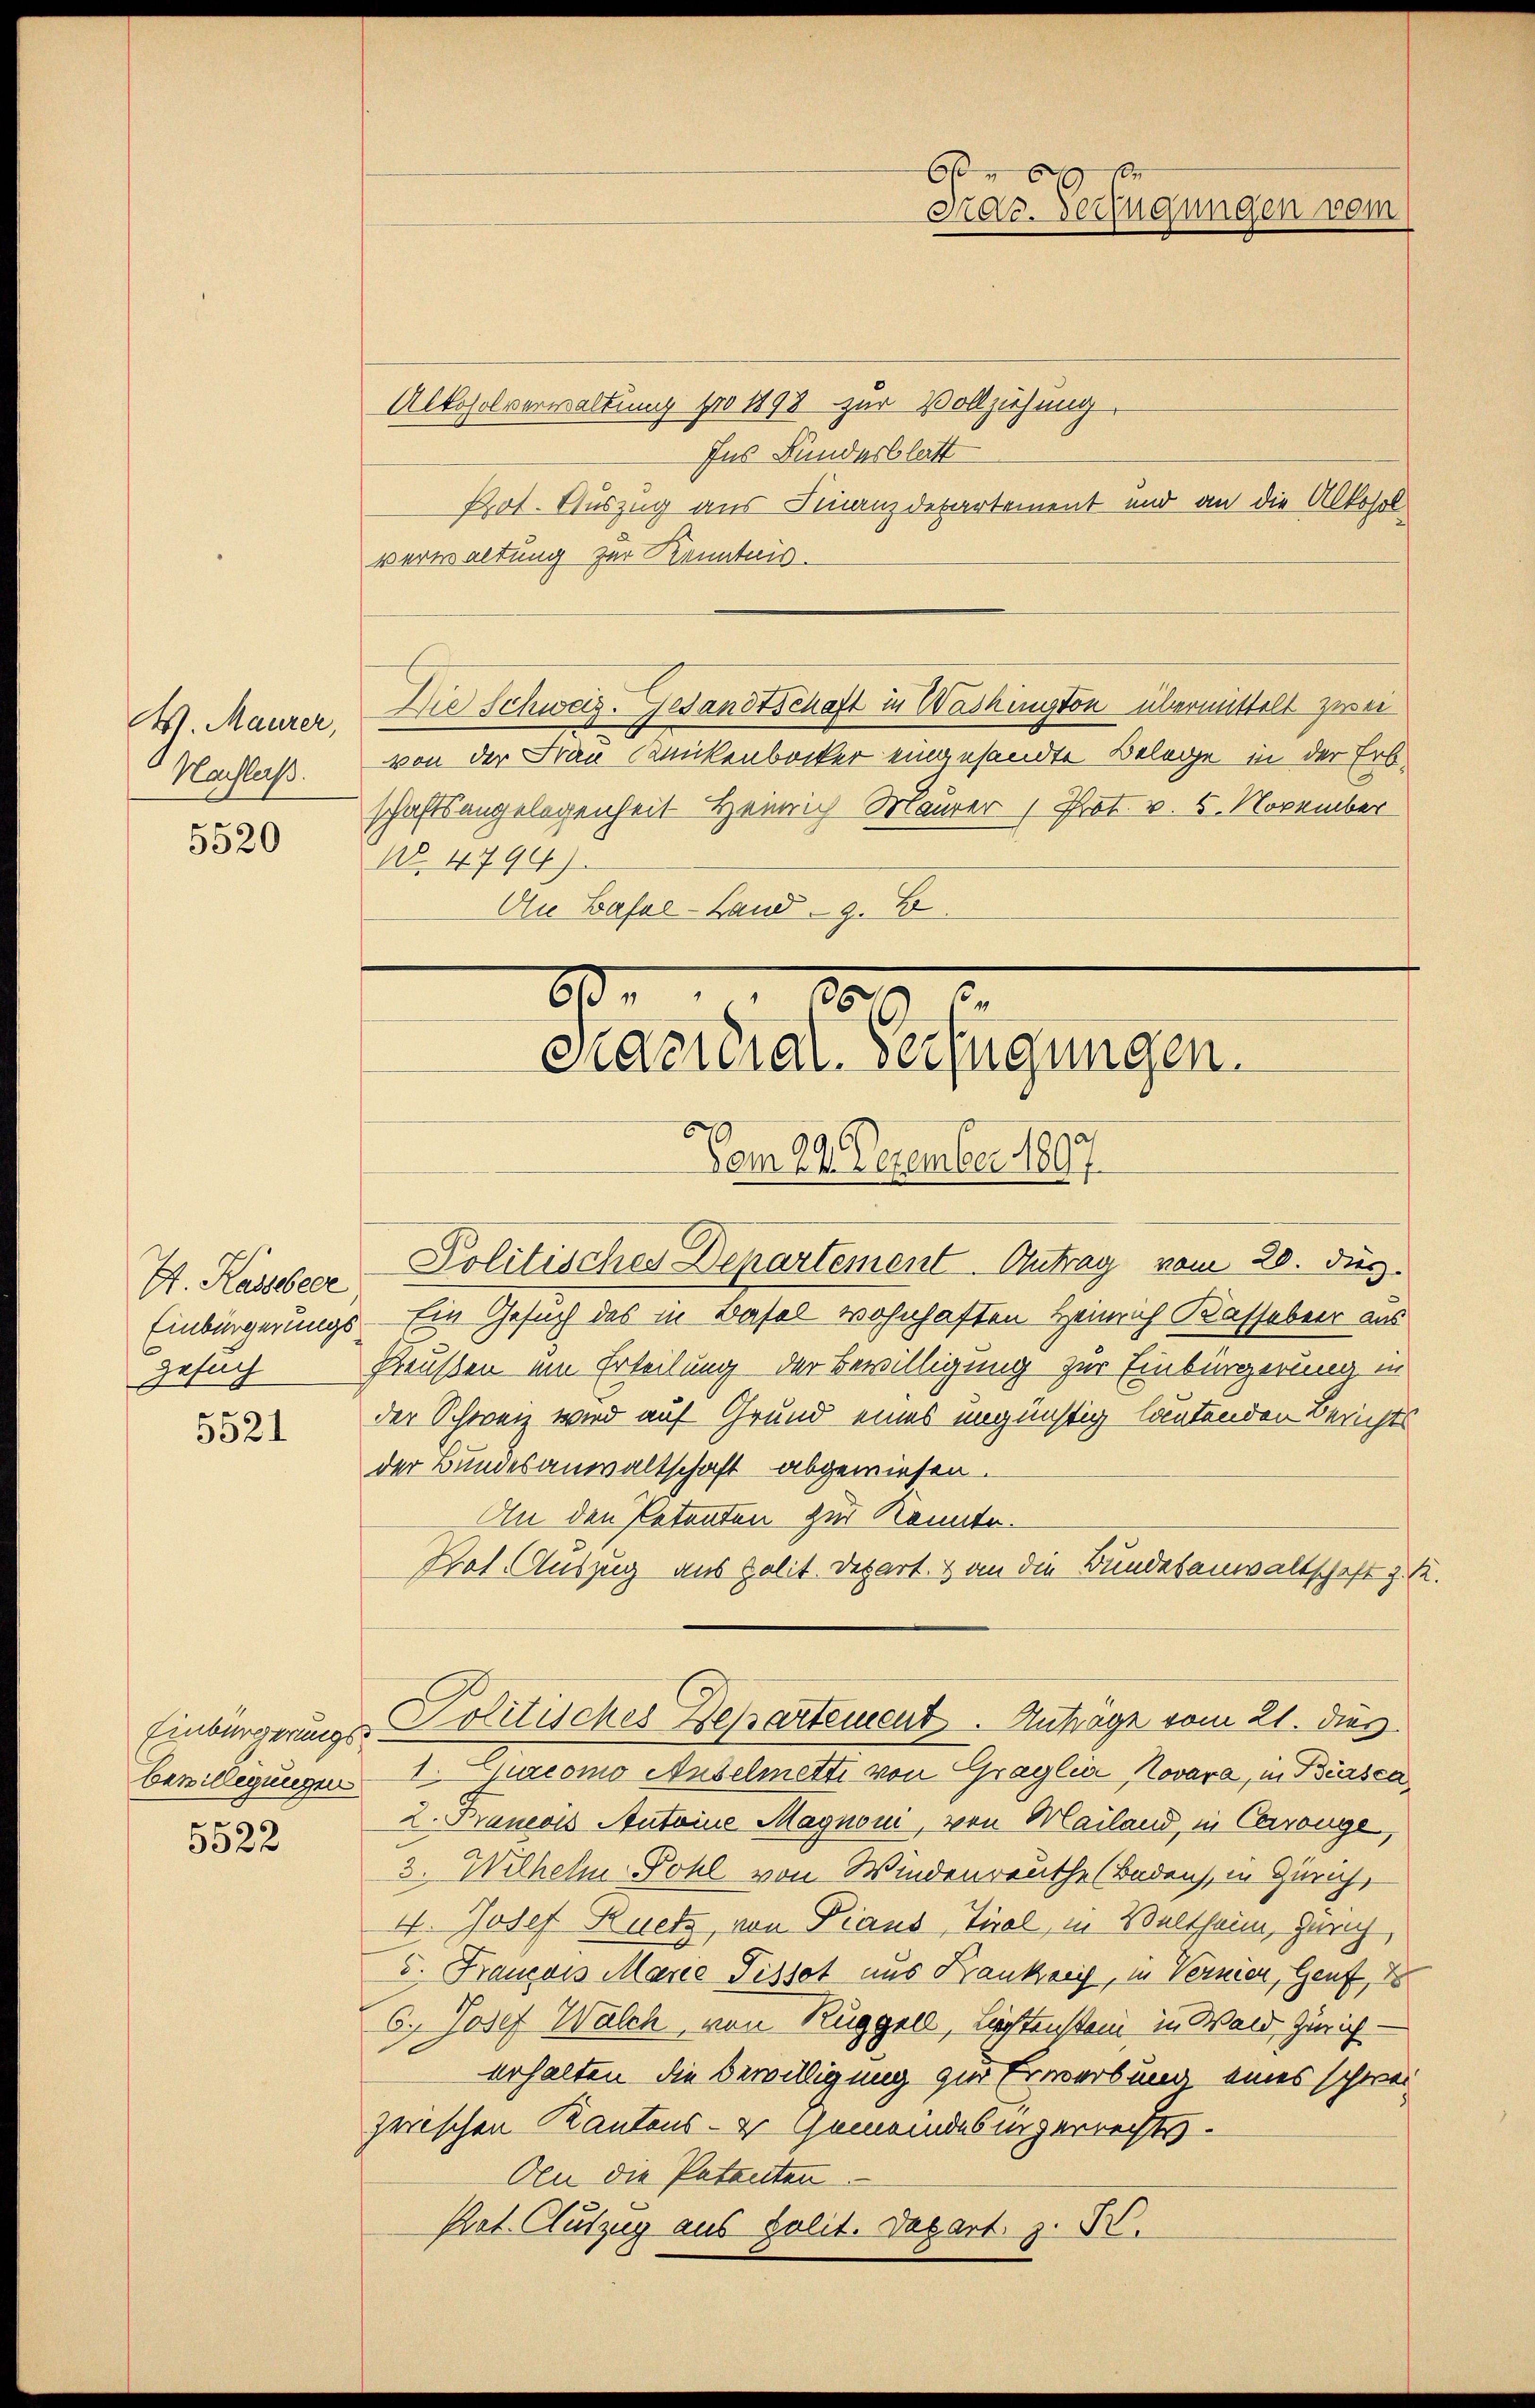
V. Maurer,
Nachlaß.

5520

A. Kasseleer
Gesuch
x

5521

Einbürgerungsbewilligungen

5522

Alkoholverwaltung pro 1898 zur Vollziehung
Ins Bunderblatt
Pot. Auszug aus Finanzdepartement und an die Alkosolverwaltung zur Kenntnis-
Die Schweiz. Gesandtschaft in Washington übermittelt zwei
von der Frau Wickenbocker eingesandte Belege in der Erbschaftsangelegenheit Heinrich Maurer Prot. v. 5. November
N°. 4794).
An Basel-Land z. B.

65
Pac. Verfügungen vom

6 809 x
Pacidial-Verfügungen.
Vom 29. Dezember 1897

Politisches Departement. Antrag vom 28. Dir.
Einbürgerungs Ein Gesuch des in Basel wohnhaften Heinrich Kasseber aus
Preusten um Erteilung der Bewilligung zur Einbürgerung in
der Schweiz wird auf Grund eines ungünstig lautenden Berichts
der Bundesanwaltschaft abgewiesen.
An den Petenten zur Konnte.
Frat. Auszug aus polit. Depart. 3 an die Bundesanwaltschaft z. R.
1. Curiomo Auselmette von Graglia, Novara, in Biasca,
2. Brancois Antoine Magnoni, von Mailand, in Carouge,
3. Wilhelm Sohl von Windenreuthe (Baden, in Zürich,
4. Josef Ruetz, von Pians, Tirol, in Veltheim, Zürich,
5. Francois Marie Pissot aus Krankreis, in Vernien, Genf,
6. Josef Walch, von Ruggell, Lichtenstein in Wald, Zürich-
erhalten die Bewilligung zur Erwerbung eines schwei
zwischen Kantons- u. Gemeindesingerrechts¬
An die Patenten
Prot. Auszug aus polit. Depart. z. S.

Politisches Departement. Anträge vom 21. dies